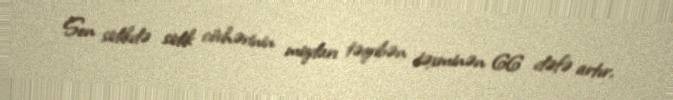
Son sidikdə sidik cövhərinin miqdarı təqribən təxminən 66 dəfə artır.